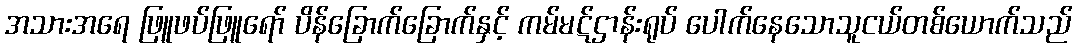
အသားအရေ ဖြူဖပ်ဖြူရော် ပိန်ခြောက်ခြောက်နှင့် ကမ်မဋ်ဌာန်းရုပ် ပေါက်နေသောသူငယ်တစ်ယောက်သည်